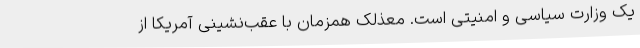
یک وزارت سیاسی و امنیتی است. معذلک همزمان با عقب‌نشینی آمریکا از